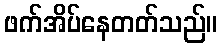
ဖက်အိပ်နေတတ်သည်။